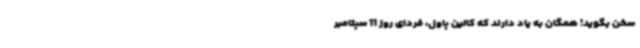
سخن بگوید! همگان به یاد دارند که کالین پاول، فردای روز 11 سپتامبر